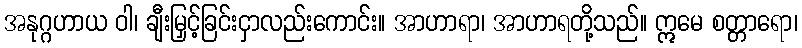
အနုဂ္ဂဟာယ ဝါ၊ ချီးမြှင့်ခြင်းငှာလည်းကောင်း။ အာဟာရာ၊ အာဟာရတို့သည်။ ဣမေ စတ္တာရော၊